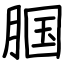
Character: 腘